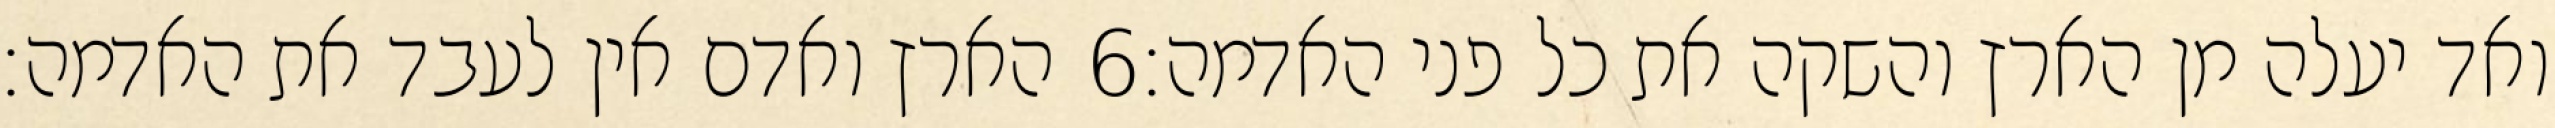
הארץ ואדם אין לעבד את האדמה׃ ‎6‏ ואד יעלה מן הארץ והשקה את כל פני האדמה׃